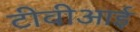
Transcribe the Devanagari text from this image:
टीवीआई